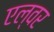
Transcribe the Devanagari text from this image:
एल्वर